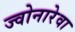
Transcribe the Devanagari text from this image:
ज्वोनारेवा